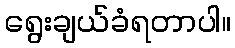
ရွေးချယ်ခံရတာပါ။